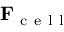
\mathbf { F } _ { \mathrm { ~ c ~ e ~ l ~ l ~ } }